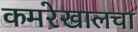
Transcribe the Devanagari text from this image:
कमरेखालचा